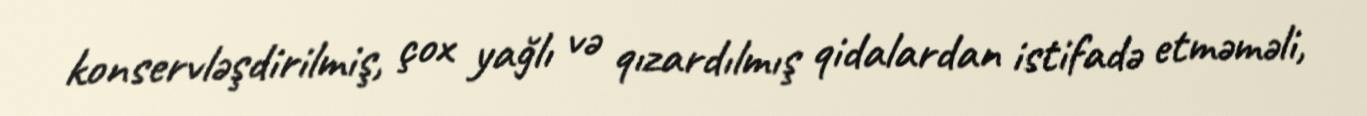
konservləşdirilmiş, çox yağlı və qızardılmış qidalardan istifadə etməməli,